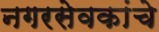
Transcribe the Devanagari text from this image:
नगरसेवकांचे